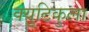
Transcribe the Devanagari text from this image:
क्युटिकुला